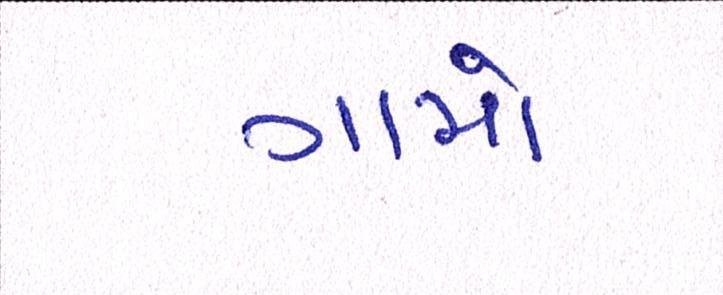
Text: ગામો